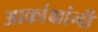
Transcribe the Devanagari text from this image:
आकांक्षांनी